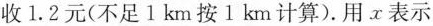
收1.2元(不足1km按1km计算). 用x表示